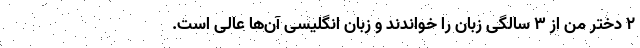
۲ دختر من از ۳ سالگی زبان را خواندند و زبان انگلیسی آن‌ها عالی است.